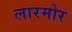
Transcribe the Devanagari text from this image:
लारमोर